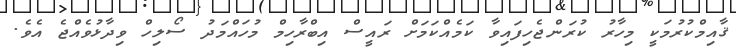
ޤާއިމްކުރުމަކީ މިހާރު ކުރަންޖެހިފައިވާ ކަމެއްކަމަށް ރައީސް އިބްރާހިމް މުހައްމަދު ސޯލިހް ވިދާޅުވެއްޖެ އެވެ.